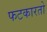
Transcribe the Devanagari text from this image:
फटकारतो